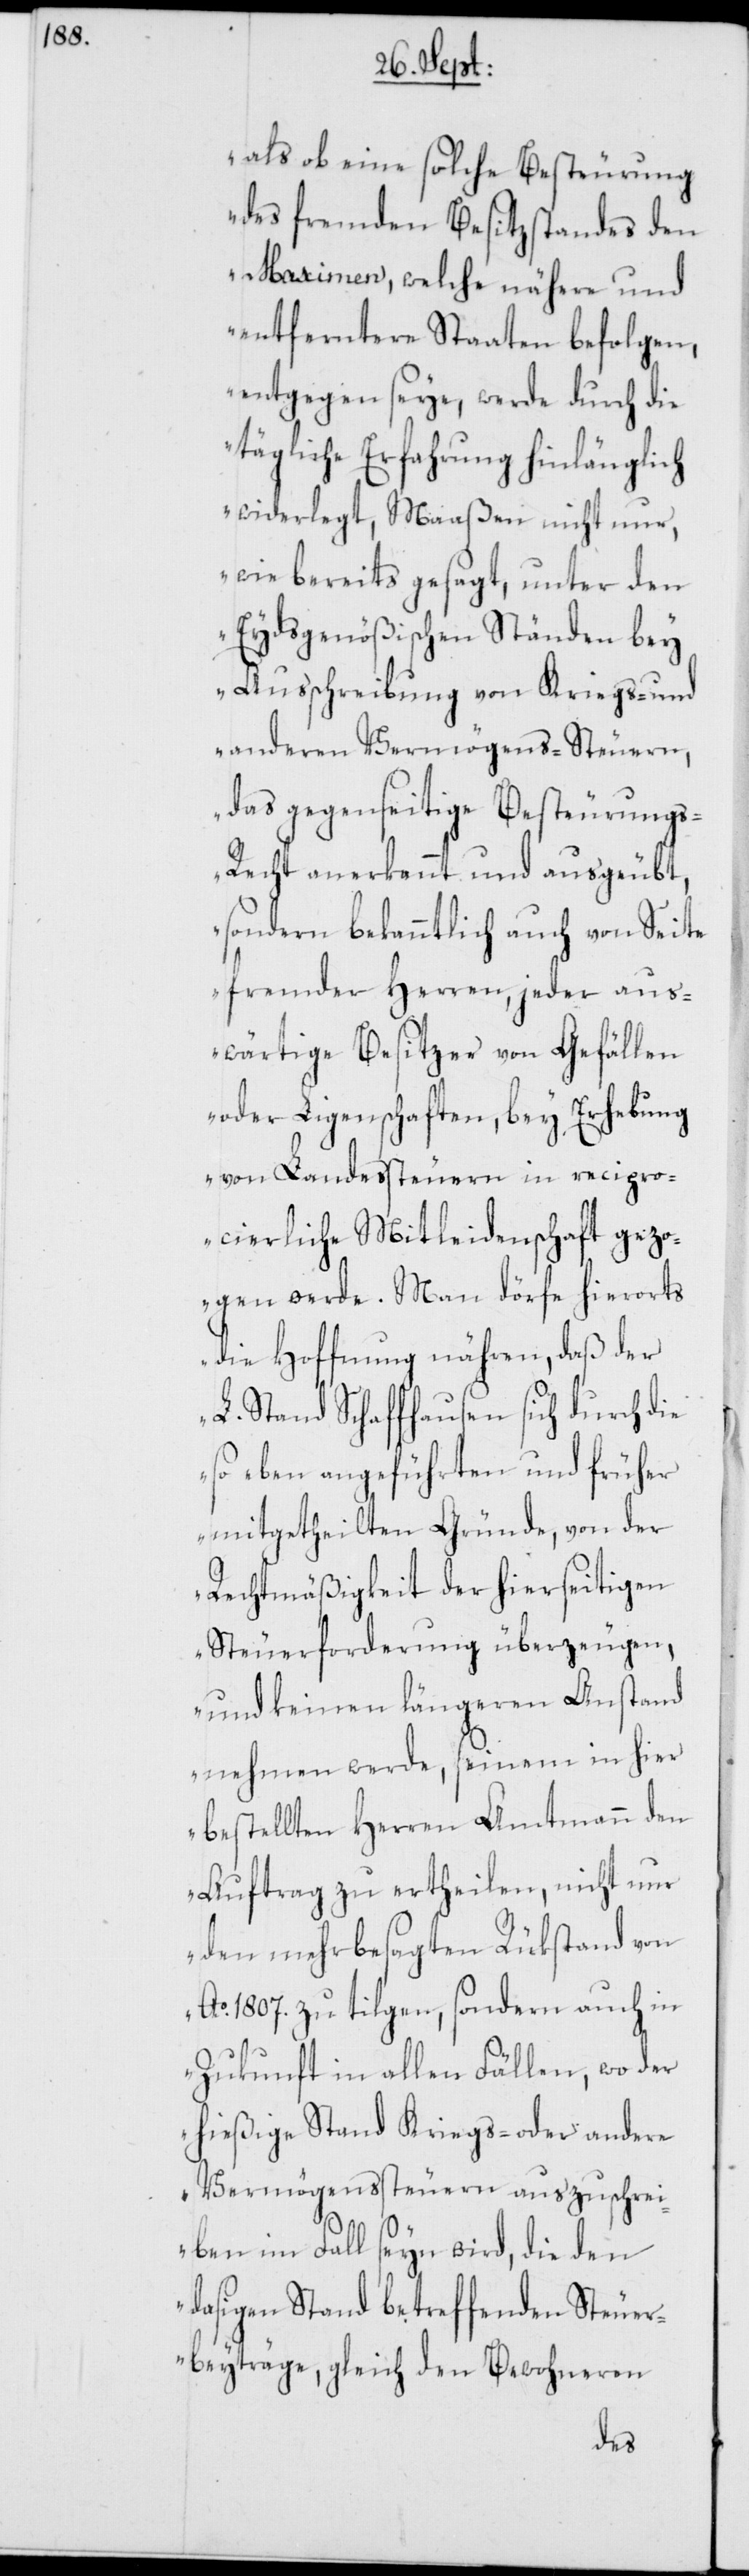
als ob eine solche Besteurung
des fremden Besitzstandes den
Maximen, welche nähere und
entferntere Staaten befolgen,
entgegen seye, werde durch die
tägliche Erfahrung hinlänglich
widerlegt, Maaßen nicht nur,
wie bereits gesagt, unter den
Eydsgenößischen Ständen bey
Ausschreibung von Kriegs- und
anderen Vermögens-Steuern,
das gegenseitige Besteurung¬
s-Recht anerkennt und ausgeübt,
sondern bekanntlich auch von Seite
fremder Herren, jeder aus¬
wärtige Besitzer von Gefällen
oder Ligenschaften, bey Erhebung
von Landessteuern in recipro¬
cierliche Mitleidenschaft gez¬
ogen werde. Man dörfe hierorts
die Hoffnung nähren, daß der
L. Stand Schaffhausen sich durch die
so eben angeführten und früher
mitgetheilten Gründe, von der
Rechtmäßigkeit der hierseitigen
Steuerforderung überzeugen,
und keinen längeren Anstand
nehmen werde, seinem in hier
bestellten Herren Amtmann den
Auftrag zu ertheilen, nicht nur
den mehrbesagten Rükstand von
Ao. 1807. zu tilgen, sondern auch in
Zukunft in allen Fällen, wo der
hießige Stand Kriegs- oder andere
Vermögenssteuern auszuschrei¬
ben im Fall seyn wird, die den
dasigen Stand betreffenden Steuer¬
beyträge, gleich den Bewohneren